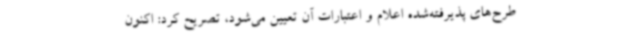
طرح‌های پذیرفته‌شده اعلام و اعتبارات آن تعیین می‌شود، تصریح کرد: اکنون